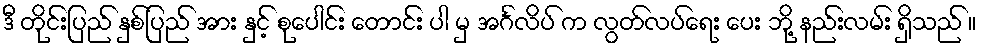
ဒီ တိုင်းပြည် နှစ်ပြည် အား နှင့် စုပေါင်း တောင်း ပါ မှ အင်္ဂလိပ် က လွတ်လပ်ရေး ပေး ဘို့ နည်းလမ်း ရှိသည် ။